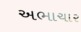
અભાચાર